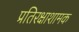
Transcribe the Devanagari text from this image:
प्रतिरक्षाशामक